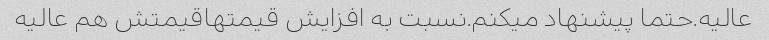
عالیه.حتما پیشنهاد میکنم.نسبت به افزایش قیمتهاقیمتش هم عالیه